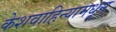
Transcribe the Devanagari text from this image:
केशवाहिन्यामधून